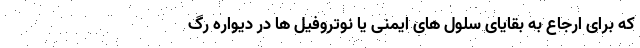
که برای ارجاع به بقایای سلول های ایمنی یا نوتروفیل ها در دیواره رگ